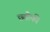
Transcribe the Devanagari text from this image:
छ्डीकी